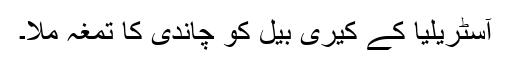
آسٹریلیا کے کیری بیل کو چاندی کا تمغہ ملا۔